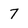
Character: 7